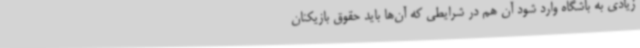
زیادی به باشگاه وارد شود آن هم در شرایطی که آن‌ها باید حقوق بازیکنان